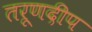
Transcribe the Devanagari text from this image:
तरूणदीप